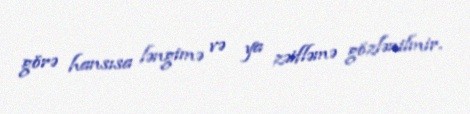
görə hansısa ləngimə və ya zəifləmə gözlənilmir.